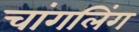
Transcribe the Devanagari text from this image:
चांगलिंग